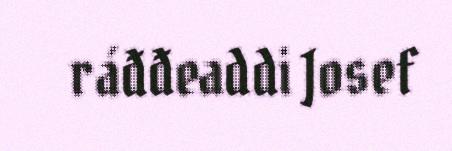
ráđđeaddi Josef